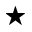
\star